Maemoisa_(Sinalepa)_vallavalitsus, lk 26
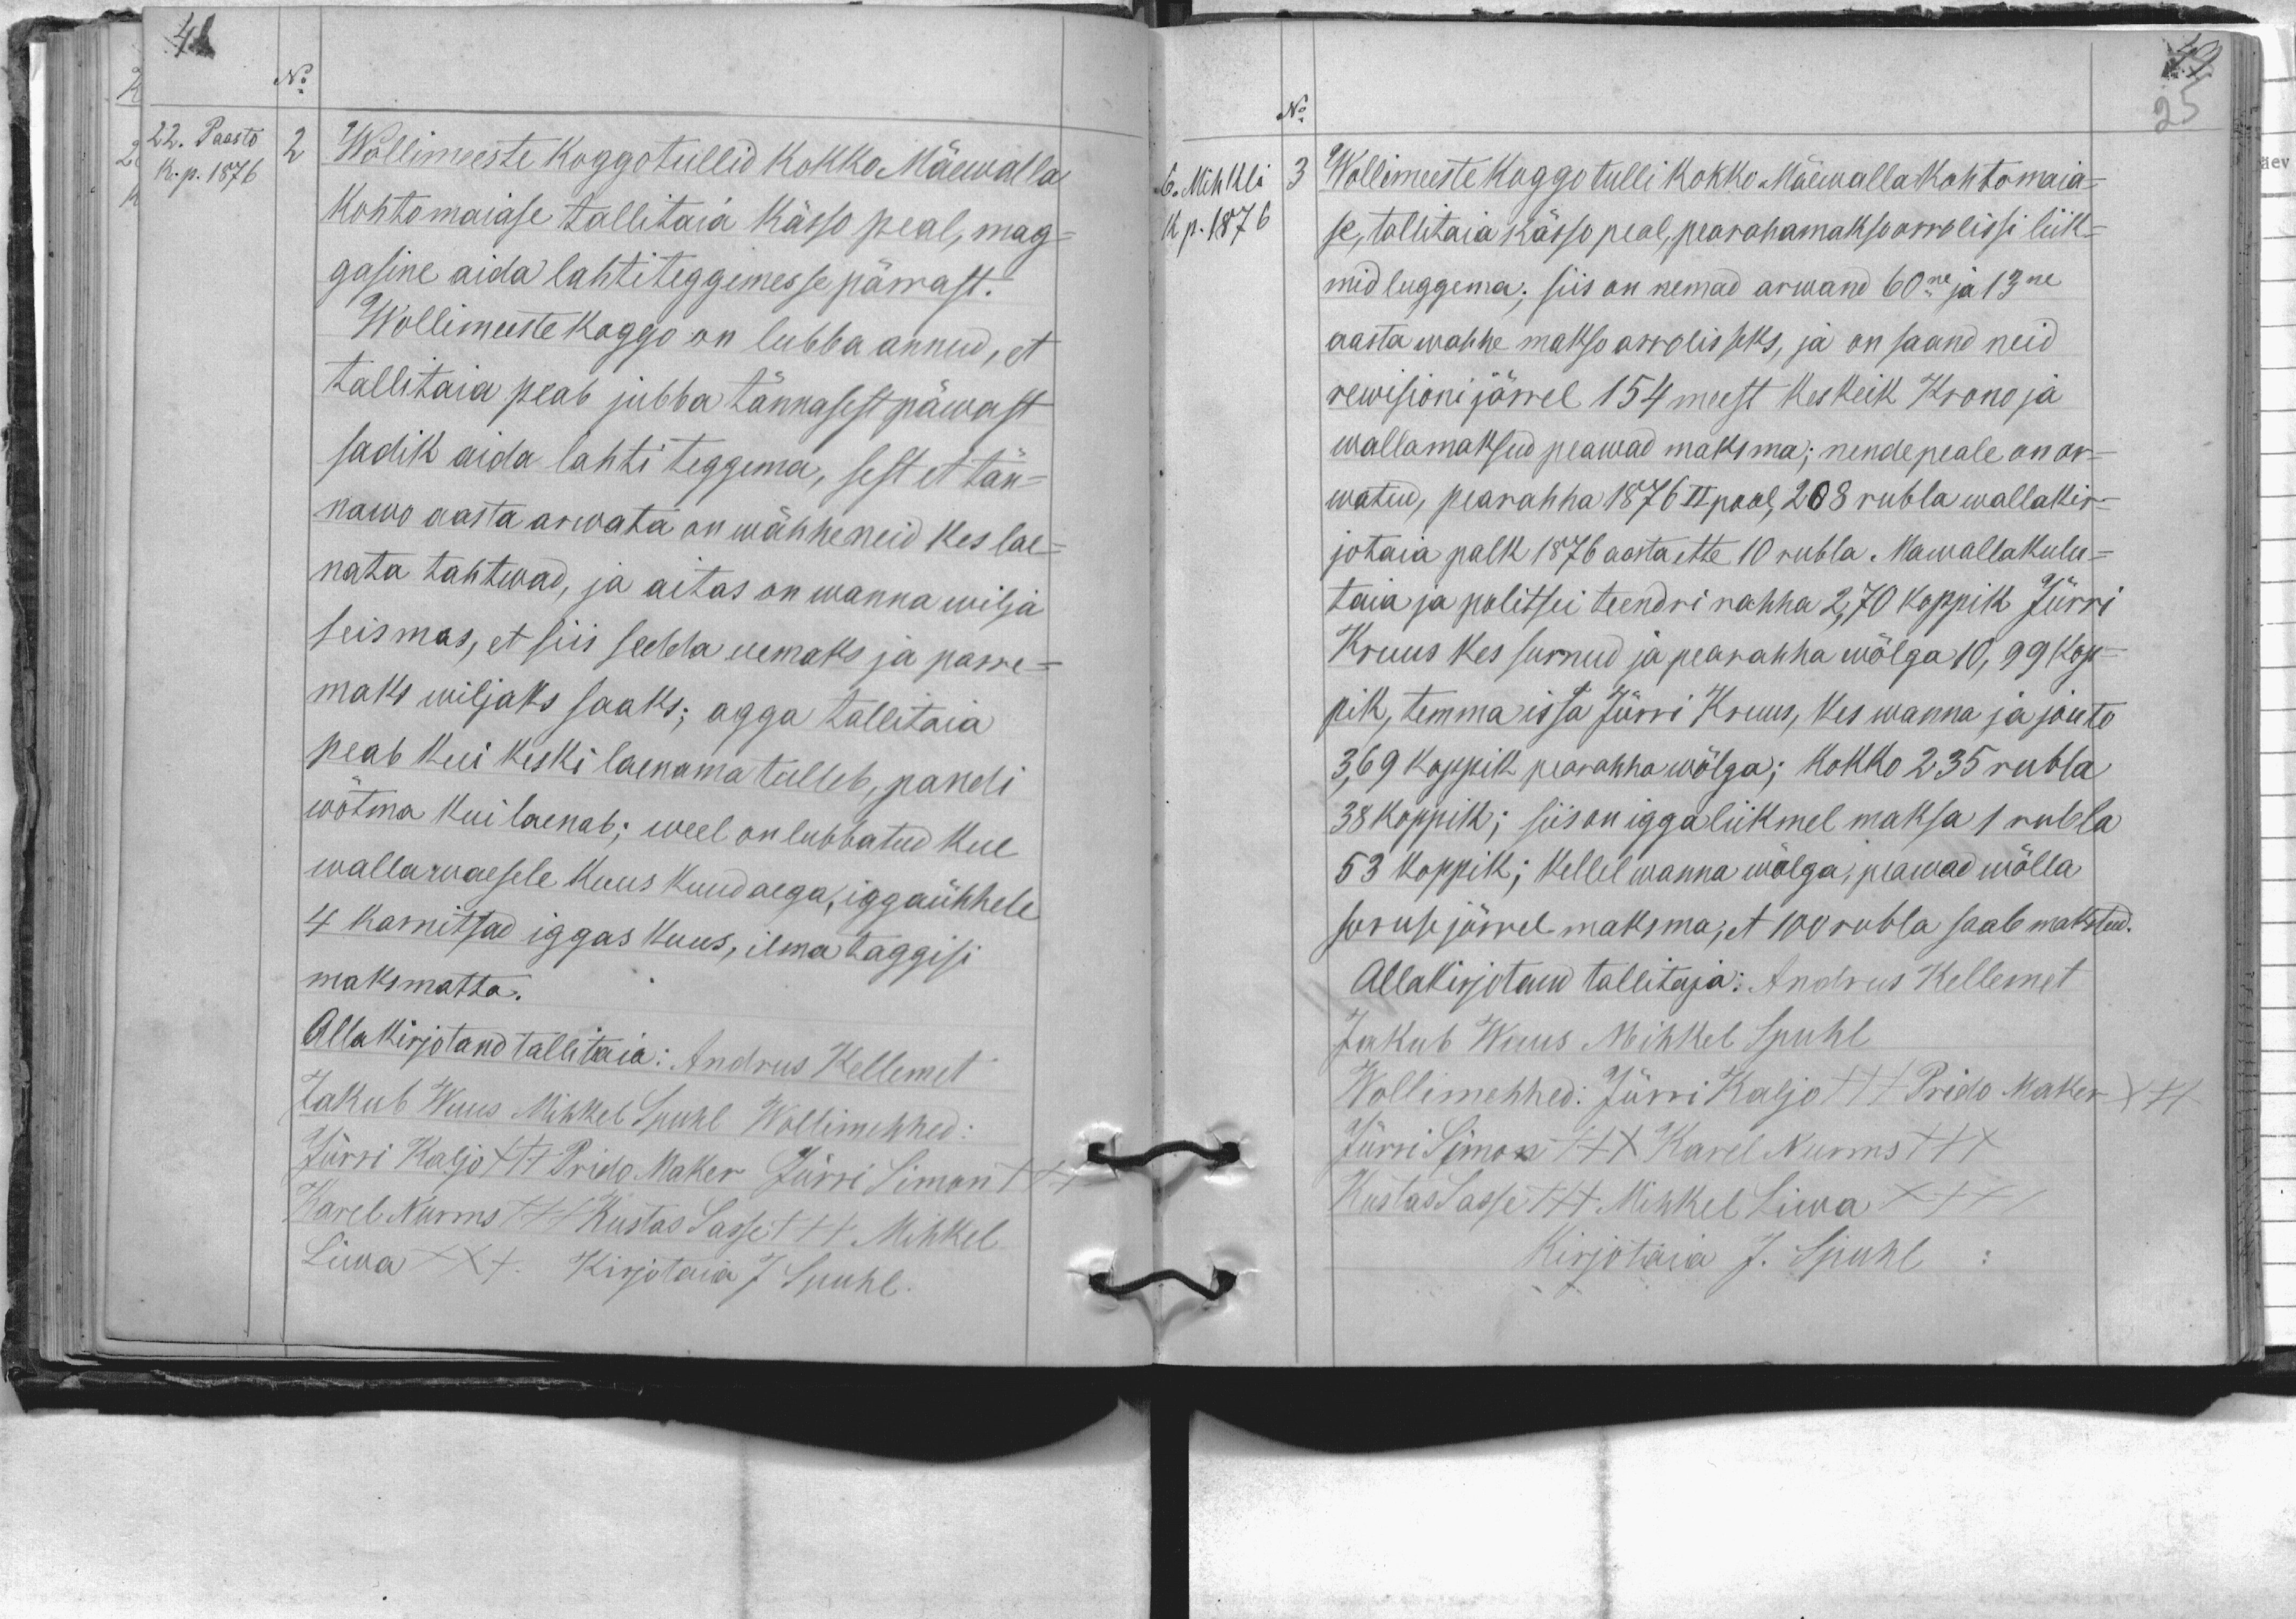
No
22. Paasto
K.p. 1876
Wollimeeste koggo tullid kokko Mäewalla
kohtomaiase tallitaia kässo peal, mag-
gasine aida lahtiteggemisse pärrast.
Wollimeeste koggo on lubba annud, et
tallitaia peab jubba tännasest päwast
sadik aida lahti teggema, sest et tän-
nawo aasta arwata on wähhe neid kes lae-
nata tahtwad, ja aitas on wanna wilja
seismas, et siis sedda uemaks ja parre-
maks wiljaks saaks; agga tallitaja
peab kui keski laenama tulleb, pandi
wõtma kui laenab; weel on lubbatud kui
wallawaesele kuus kuud aega, iggaühhele
4 karnitsad iggas kuus, ilma taggisi
maksmatta.
Allakirjotand tallitaia: Andrus Kellemet
Jakob Wuus Mihkel Spuhl Wollimehhed:
Jürri Kaljo +++ Prido Maker Jürri Simon
Karel Nurms +++ Kustas Sasse +++ Mihkel
Liwa XXX Kirjotaia J Spuhl.

No
6. Mihkli
3 Wollimeeste koggo tulli kokko Mäewalla kohtamaia-
Kp. 1876
se, tallitaia kässo peal, pearahamakso arrolissi liik-
mid luggema; siis on nemad arwand 60ne ja 13ne
aasta wahhe makso arroliseks, ja on saand neid
rewisioni järrel 154 meest kes keik Krono ja
wallamaksud peawad maksma; nende peale on ar-
watud, pearahha 1876 II pool, 208 rubla wallakir-
jotaia palk 1876 aasta ette 10 rubla. Mawallakulu-
taia ja politsei teendri rahha 2,70 koppik Jürri
Kruus kes surnud ja pearahha wõlga 10,99 kop-
pik, temma issa Jürri Kruus, kes wanna ja jouta
3,69 koppik paranahha wõlga; kokko 235 rubla
38 koppik; siis on igga liikmel maksa 1 rubla
53 koppik; kellel wanna wõlga, peawad wõlla
suruse järrel maksma, et 100 rubla saab maksnud.
Allakirjotand tallitaja: Andrus Kellemet
Jakub Wuus Mihkel Spuhl
Wollimehhed: Jürri Kaljo +++ Prido Maker +++
Jürri Simon XXX Karel Nurms XXX
Kustas Sasse +++ Mihkel Liwa XXX
Kirjotaia J. Spuhl